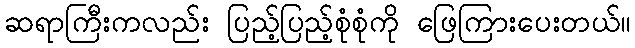
ဆရာကြီးကလည်း ပြည့်ပြည့်စုံစုံကို ဖြေကြားပေးတယ်။